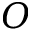
O